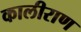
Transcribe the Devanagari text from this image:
कालीराण